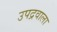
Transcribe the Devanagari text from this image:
उपद्रवाला